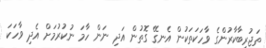
ތަޖުރިބާކާރުންގެ ވާހަކަތަކުން އެނގޭ ގޮތުން އަދި ނަން ހާމަ ނުކުރުމަށް އެދި ވާހަކަ